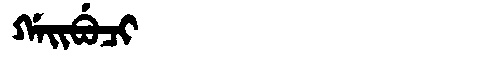
Manchu: ᡤᠠᡳᠪᡠᠴᡳ
Romanization: GAIBUCI